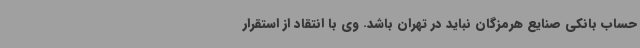
حساب بانکی صنایع هرمزگان نباید در تهران باشد. وی با انتقاد از استقرار